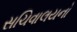
સચિવાલયનો